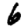
Digit: 6